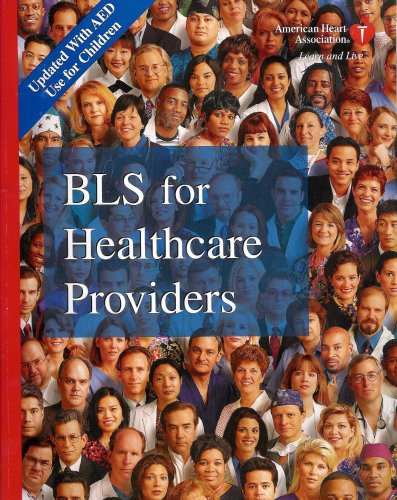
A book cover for Basic Life Support (BLS) For Healthcare Providers - Updated With AED Use For Children; Health, Fitness & Dieting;